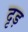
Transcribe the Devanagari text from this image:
दृड़